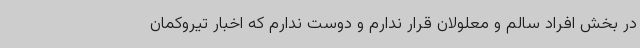
در بخش افراد سالم و معلولان قرار ندارم و دوست ندارم که اخبار تیروکمان